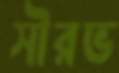
সৗরভ